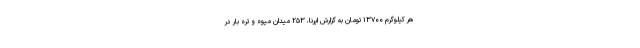
هر کیلوگرم ۱۳۷۰۰ تومان به گزارش ایرنا، ۲۵۳ میدان میوه و تره بار در